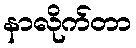
နာလိုက်တာ